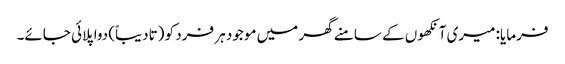
فرمایا: میری آنکھوں کے سامنے گھر میں موجود ہر فرد کو (تادیباً) دوا پلائی جائے۔